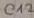
Text: C12